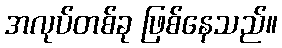
အလုပ်တစ်ခု ဖြစ်နေသည်။